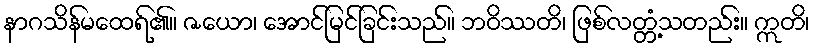
နာဂသိန်မထေရ်၏။ ဇယော၊ အောင်မြင်ခြင်းသည်။ ဘဝိဿတိ၊ ဖြစ်လတ္တံ့သတည်း။ ဣတိ၊